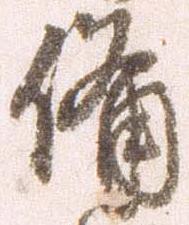
備